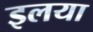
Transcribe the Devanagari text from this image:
इलया